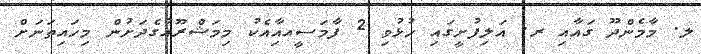
ލ. މާމެންދޫ ގައާއި ރ. އަލިފުށީގައި ހުޅުވި 2 ފާމަސީއއިާއެކު މިމަޝްރޫއުގެދަށުން މިހައިތަނަށް